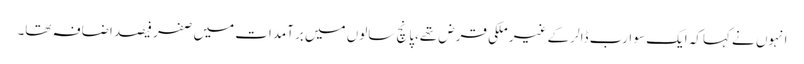
انہوں نے کہاکہ ایک سو ارب ڈالر کے غیر ملکی قرض تھے،پانچ سالوں میں برآمدات میں صفر فیصد اضافہ تھا۔